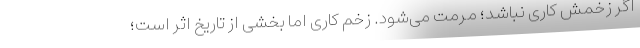
اگر زخمش کاری نباشد؛ مرمت می‌شود. زخم کاری اما بخشی از تاریخ اثر است؛